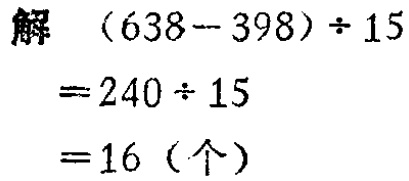
解

\[

\begin{align*}

(638 - 398) \div 15&=240 \div 15\\

&= 16 (\text{个})

\end{align*}

\]